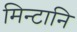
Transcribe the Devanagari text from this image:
मिन्टानि